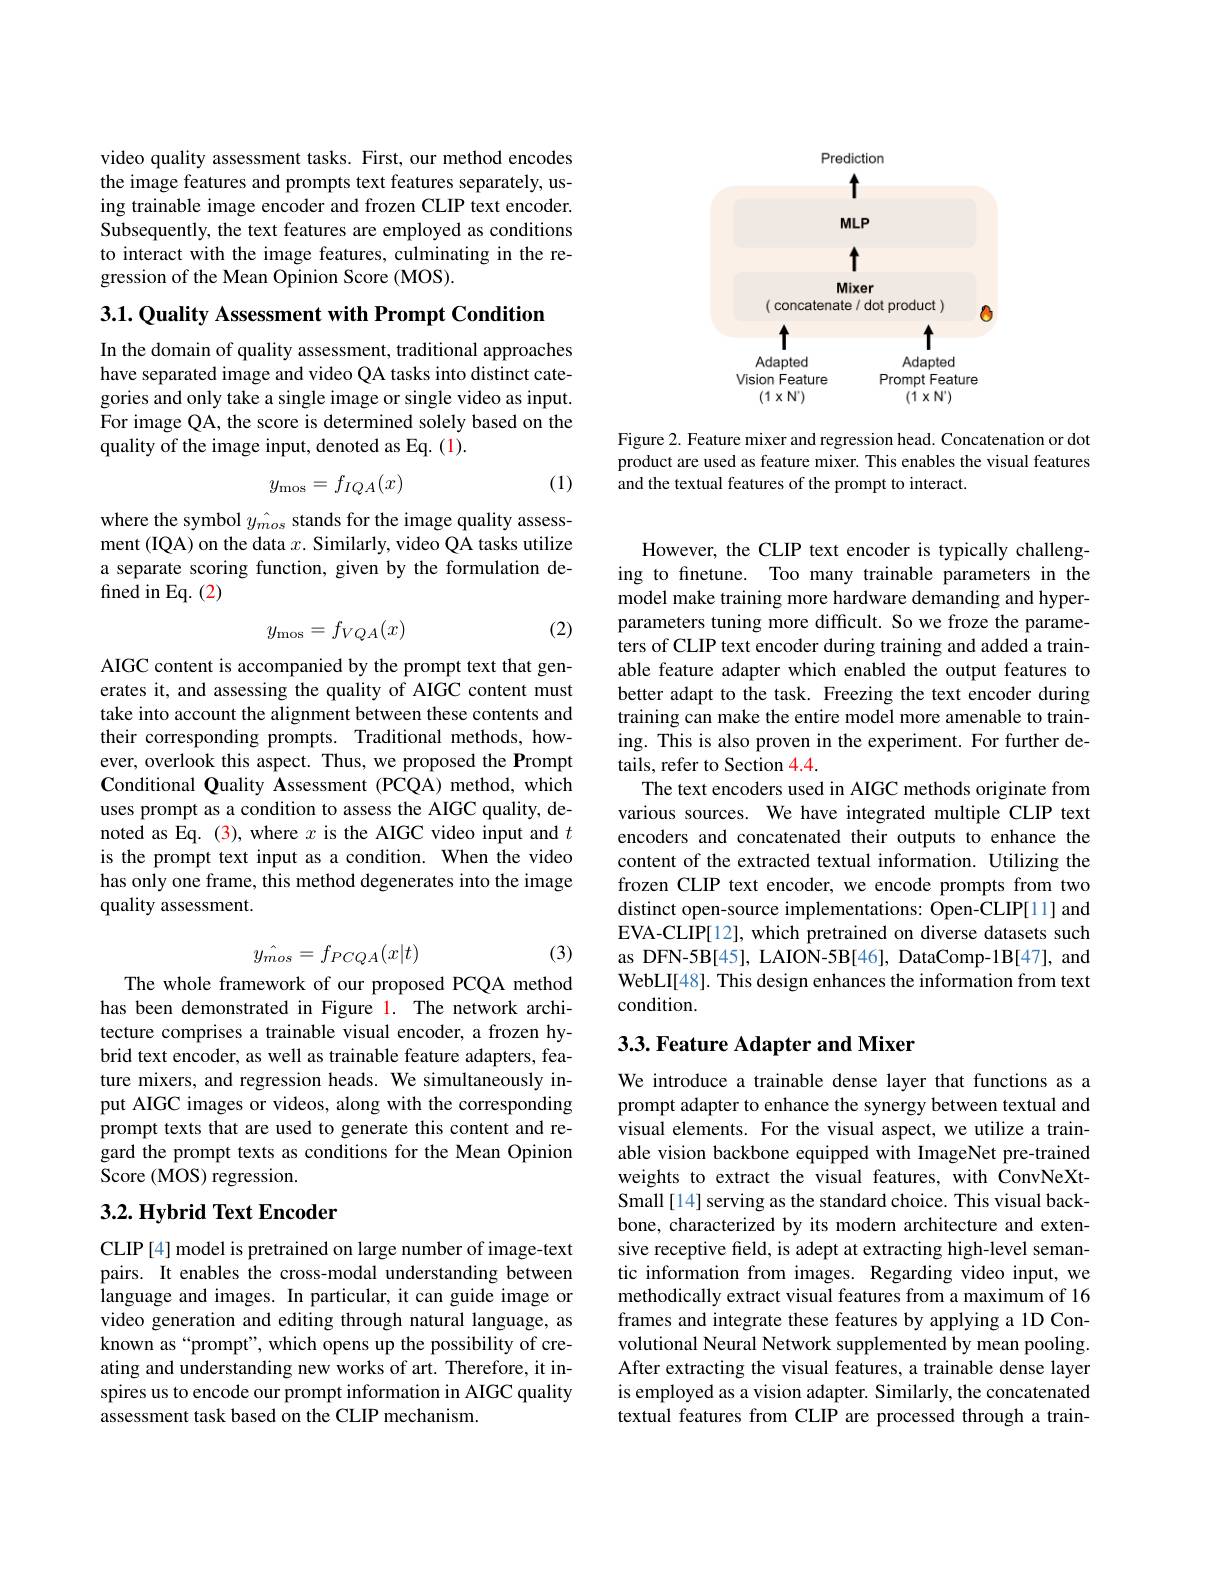
video quality assessment tasks. First, our method encodes the image features and prompts text features separately, using trainable image encoder and frozen CLIP text encoder. Subsequently, the text features are employed as conditions to interact with the image features, culminating in the regression of the Mean Opinion Score (MOS).

3.1. Quality Assessment with Prompt Condition

In the domain of quality assessment, traditional approaches have separated image and video QA tasks into distinct categories and only take a single image or single video as input. For image QA, the score is determined solely based on the quality of the image input, denoted as Eq. (1).

(1)
$$y_{\mathrm{mos}}=f_{IQA}(x)$$
where the symbol $\hat y_{mos}$ stands for the image quality assessment (IQA) on the data $x.$ Similarly, video QA tasks utilize a separate scoring function, given by the formulation defined in Eq. (2)

(2)
$$y_{\mathrm{mos}}=f_{VQA}(x)$$
AIGC content is accompanied by the prompt text that generates it, and assessing the quality of AIGC content must take into account the alignment between these contents and their corresponding prompts. Traditional methods, however, overlook this aspect. Thus, we proposed the Prompt Conditional Quality Assessment (PCQA) method, which uses prompt as a condition to assess the AIGC quality, denoted as Eq. (3), where $x$ is the AIGC video input and $t$ is the prompt text input as a condition. When the video has only one frame, this method degenerates into the image quality assessment.

(3)
$$\hat{y_{mos}}=f_{PCQA}(x|t)$$
The whole framework of our proposed PCQA method has been demonstrated in Figure 1. The network architecture comprises a trainable visual encoder, a frozen hybrid text encoder, as well as trainable feature adapters, feature mixers, and regression heads. We simultaneously input AIGC images or videos, along with the corresponding prompt texts that are used to generate this content and regard the prompt texts as conditions for the Mean Opinion Score (MOS) regression.

### 3.2. Hybrid Text Encoder

CLIP [4] model is pretrained on large number of image-text pairs. It enables the cross-modal understanding between language and images. In particular, it can guide image or video generation and editing through natural language, as known as“prompt”, which opens up the possibility of creating and understanding new works of art. Therefore, it inspires us to encode our prompt information in AIGC quality assessment task based on the CLIP mechanism.

<FigureHere>

Figure 2. Feature mixer and regression head. Concatenation or dot product are used as feature mixer. This enables the visual features and the textual features of the prompt to interact.

However, the CLIP text encoder is typically challenging to fnetune. Too many trainable parameters in the model make training more hardware demanding and hyperparameters tuning more difficult. So we froze the parameters of CLIP text encoder during training and added a trainable feature adapter which enabled the output features to better adapt to the task. Freezing the text encoder during training can make the entire model more amenable to training. This is also proven in the experiment. For further details, refer to Section 4.4.
The text encoders used in AIGC methods originate from various sources. We have integrated multiple CLIP text encoders and concatenated their outputs to enhance the content of the extracted textual information. Utilizing the frozen CLIP text encoder, we encode prompts from two distinct open-source implementations: Open-CLIP[1] and EVA-CLIP[12], which pretrained on diverse datasets such as DFN-5B[45], LAION-5B[46], DataComp-1B[47], and WebLI[48]. This design enhances the information from text condition.

## 3.3. Feature Adapter and Mixer

We introduce a trainable dense layer that functions as a prompt adapter to enhance the synergy between textual and visual elements. For the visual aspect, we utilize a trainable vision backbone equipped with ImageNet pre-trained weights to extract the visual features, with ConvNeXtSmall [14] serving as the standard choice. This visual backbone, characterized by its modern architecture and extensive receptive field, is adept at extracting high-level semantic information from images. Regarding video input, we methodically extract visual features from a maximum of 16 frames and integrate these features by applying a 1D Convolutional Neural Network supplemented by mean pooling. After extracting the visual features, a trainable dense layer is employed as a vision adapter. Similarly, the concatenated textual features from CLIP are processed through a train-